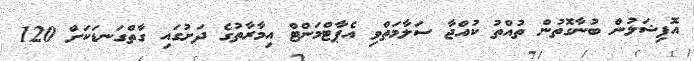
އޮފިޝަލުން ބުނާގޮތުން ތުއްތު ކުއްޖާ ސަލާމަތްވި އެޕާޓްމަންޓް އިމާރާތުގެ ދަށުގައި ގާތްގަނޑަކަށް 120